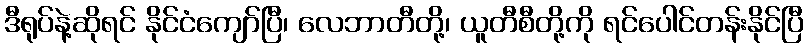
ဒီရုပ်နဲ့ဆိုရင် နိုင်ငံကျော်ပြီ၊ လေဘာတီတို့၊ ယူတီစီတို့ကို ရင်ပေါင်တန်းနိုင်ပြီ